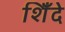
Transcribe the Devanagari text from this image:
शिँदे